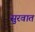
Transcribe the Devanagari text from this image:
सुुरवात